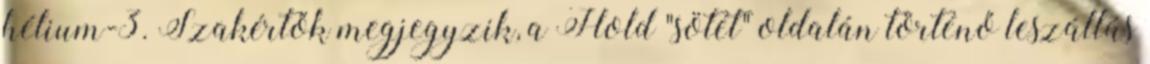
hélium-3. Szakértők megjegyzik, a Hold "sötét" oldalán történő leszállás